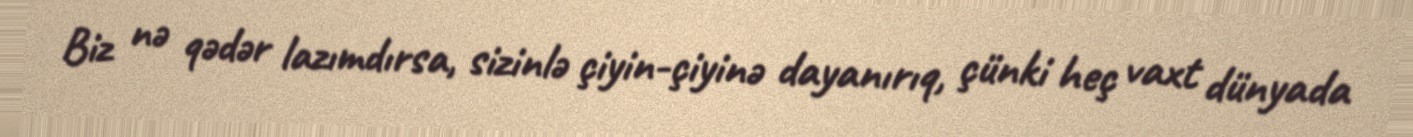
Biz nə qədər lazımdırsa, sizinlə çiyin-çiyinə dayanırıq, çünki heç vaxt dünyada